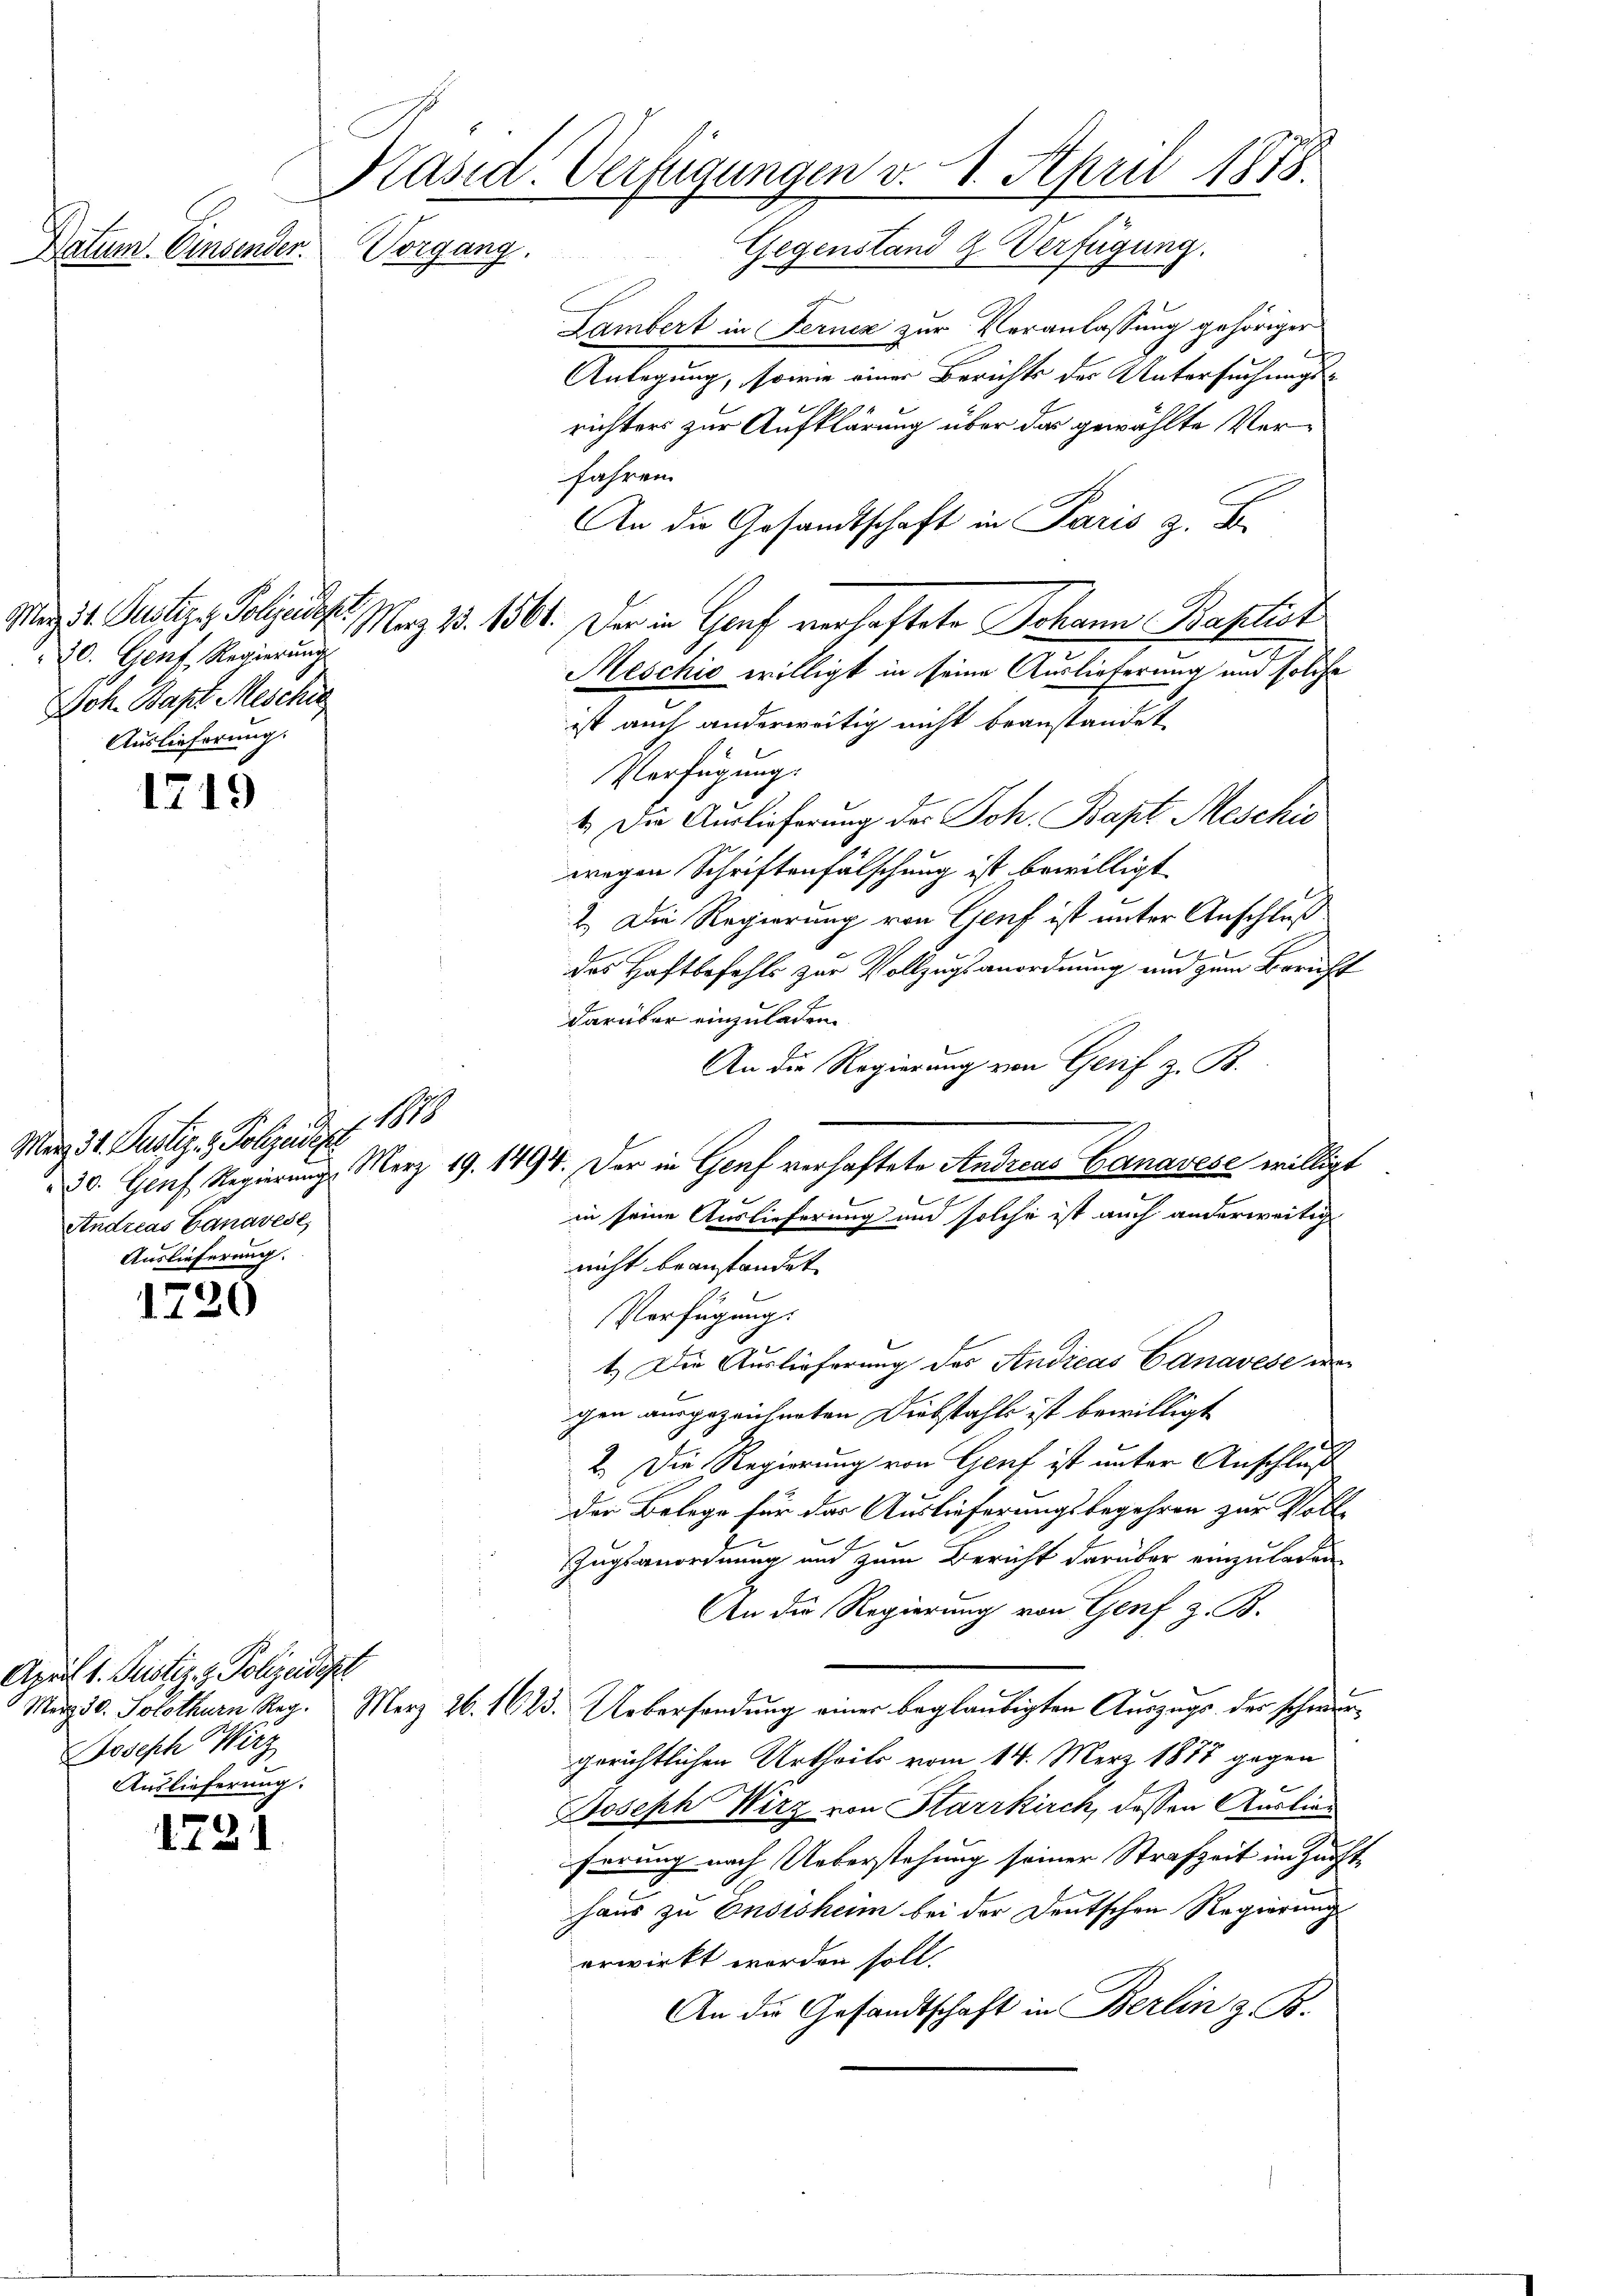
Datum. Einsender.

Mad. 31. Justiz z. Polizeidep
30. Genf, Regierung
Joh. Bapt. Meschie
Auslieferung.

1719

Mag 31. Justiz- & Polizeidige
Andreas Ganavest
Auslieferung.

1720

April 1. Justiz, z. Polizeideste
osesch Wirz
Auslieferung.

1731

Präsid. Verfügungen v. 1. April 1875.
Vorgang.

1

Lambert in Fernez zur Veranlassung gehöriger
Anlegung, sowie einer Berichts der Untersuchungs¬
4
richters zur Aufklärung über das gewählte Ver¬
Jahren.
An die Gesandtschaft in Paris z. B.
Maz 1. 1561. Der in Genf verhaftete Johann Baptist
e
Meschio willigt in seine Auslieferung und solche
ist auch anderweitig nicht beanstandet
Verfügung.
1. Die Auslieferung des Joh. Bapt Meschie
wegen Schriftenfälschung ist bewilligt
2.) Die Regierung von Genf ist unter Anschluß
des Haftbefehls zur Vollzugsanordnung und zum Bericht
darüber einzuladen.
An die Regierung von Gerif z. B.
d. Genf Regierung. Merz 19. 1494. Der in Genf verhaftete Andreas Banavese willigt
in seine Auslieferung und solche ist auch anderweitig
nicht beanstandet.
Verfügung:
1.) Die Auslieferung des Andicas Canavese un
gen ausgezeichneten Diebstahls ist bewilligt
2.) Die Regierung von Genf ist unter Anschluß
der Belege für das Auslieferungsbegehren zur Voll¬
Zugsanordnung und zum Bericht darüber einzuladen
An die Regierung von Genf z. B.
März 30. Solothurn Reg. Merz 26. 1623. Uebersendung einer beglaubigten Auszugs der schwurgerichtlichen Urtheils vom 14. März 1877 gegen
u
Joseph Wirz von Starrkirch, dessen Auslien
ferung nach Ueberstehung seiner Strafzeit im Zunfthaus zu Onsisheim bei der Deutschen Regierung
erwirkt worden soll.
An die Gesandtschaft in Berlin z. B.